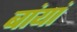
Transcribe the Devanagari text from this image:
बांयां